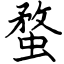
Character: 蝥